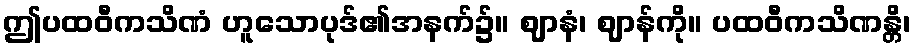
ဤပထဝီကသိဏံ ဟူသောပုဒ်၏အနက်၌။ ဈာနံ၊ ဈာန်ကို။ ပထဝီကသိဏန္တိ၊